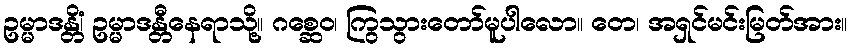
ဥမ္မာဒန္တိံ၊ ဥမ္မာဒန္တီနေရာသို့။ ဂစ္ဆေဝ၊ ကြွသွားတော်မူပါလော။ တေ၊ အရှင်မင်းမြတ်အား။